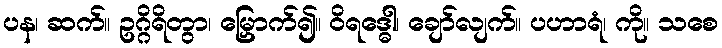
ပန၊ ဆက်။ ဥဂ္ဂိရိတွာ၊ မြှောက်၍။ ဝိရဒ္ဓေါ၊ ချော်လျက်။ ပဟာရံ၊ ကို။ သစေ